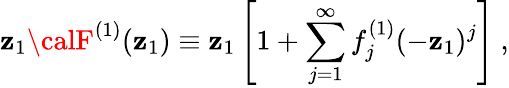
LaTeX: \mathbf{z}_{1}{\calF}^{(1)}(\mathbf{z}_{1})\equiv\mathbf{z}_{1}\left[1+\sum_{j=1}^{\infty}f_{j}^{(1)}(-\mathbf{z}_{1})^{j}\right]\ ,